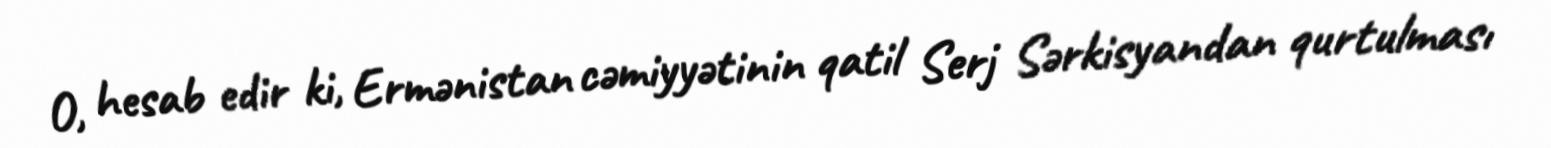
O, hesab edir ki, Ermənistan cəmiyyətinin qatil Serj Sərkisyandan qurtulması